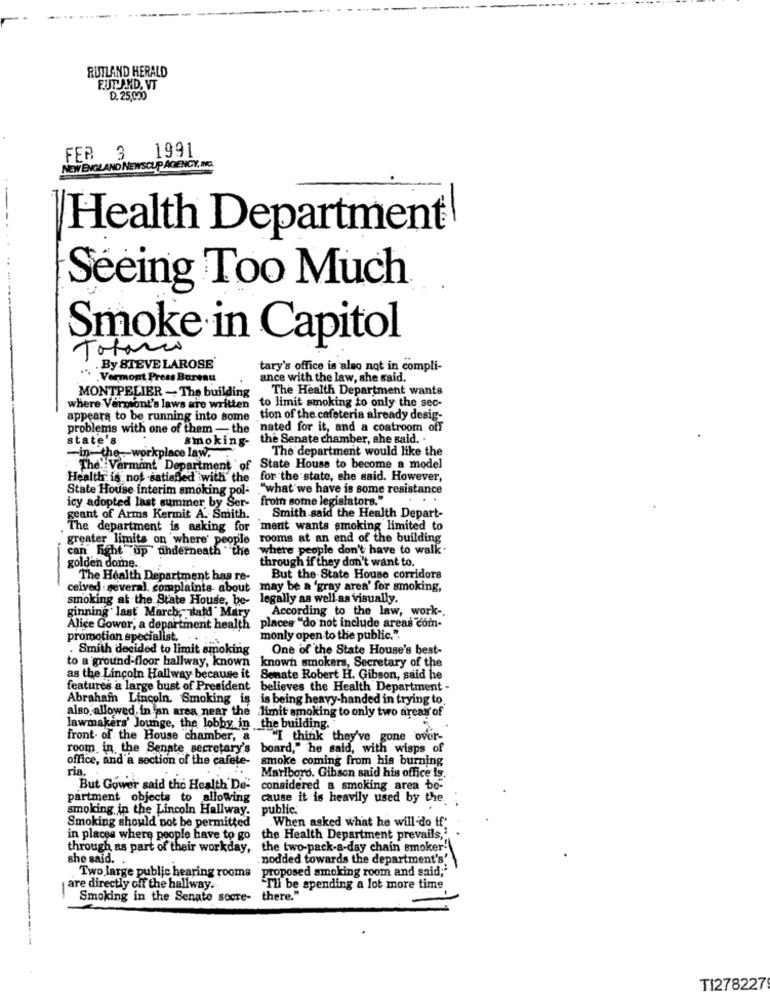
RUTLAND HERALD
FUTA.ND, VT
D. 25,020
NEW ENGLAND NEWSCUP AGENCY, INC.
FER 3 1991
Health Department!
Seeing Too Much
Smoke in Capitol
Totario
By STEVE LAROSE
tary's office is also not in compli-
. Vermont Press Bureau
ance with the law, she said.
MONTPELIER - The building
The Health Department wants
where Vermont's laws are written to limit smoking to only the sec-
appears to be running into some tion of the cafeteria already desig-
problems with one of them - the nated for it, and a coatroom off
state's
smoking
the Senate chamber, she said. .
-in-the- workplace law. .
The department would like the
The Vermont Department of
State House to become a model
Health is not satisfied with the for the state, she said. However,
State House interim smoking pol- . "what we have is some resistance
icy adopted last summer by Ser- from some legislators."
geant of Arms Kermit A. Smith.
Smith said the Health Depart-
The department is asking for
merit wants smoking limited to
greater limits on where' people rooms at an end of the building
can Fight up underneath "the where people don't have to walk.
golden domne ..
through if they don't want to.
The Health Department has re-
But the State House corridors
ceived :several. complaints about may be a 'gray area' for smoking,
smoking at the State House, be- legally as well as visually.
According to the law, work -.
ginning last March, said " Mary
Alice Gower, a department health places "do not include areas com-
promotion specialist.
...
monly open to the public.".
. Smith decided to limit smoking
One of the State House's best-
to a ground-floor ballway, known
known smokers, Secretary of the
as the Lincoln Hallway because it Senate Robert H. Gibson, said he
features a large bust of President believes the Health Department -
Abraham Lincoln. Smoking is is being heavy-handed in trying to
also allowed in an area near the limit smoking to only two areas of
lawmakers' Jounge, the lobby in the building.
front. of the House chamber, &
I think they've gone over-
room in the Senate secretary's board," he said, with wisps of
office, and a section of the cafete-
smoke coming from his burning
ria.
Marlboro. Gibson said his office is.
But Gower said the Health De-
considered a smoking area be-
partment objects to allowing
cause it is heavily used by the.
smoking in the Lincoln Hallway.
public.
.When asked what he will do if'
Smoking should not be permitted
in places where people have to go
the Health Department prevails,'
through as part of their workday,
the two-pack-a-day chain smoker"
she said. .
nodded towards the department's'
Two large public hearing rooms
proposed smoking room and said;"
are directly off the hallway.
"Ili be spending a lot more time
Smoking in the Senato socre-
there."
TI278227